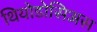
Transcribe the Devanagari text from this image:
थियोडोसिअस